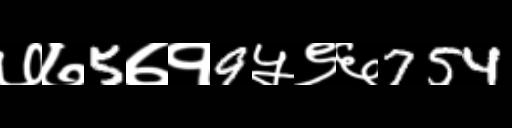
Text: ७७5७१9५९६754